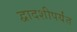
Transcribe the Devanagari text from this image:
द्वादशीपर्यंत